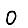
Digit: 0